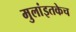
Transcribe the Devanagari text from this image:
मुलांइतकेच